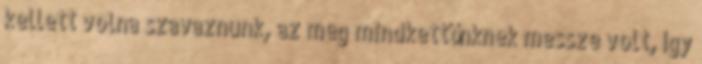
kellett volna szavaznunk, az meg mindkettőnknek messze volt, így